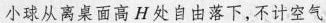
小球从离桌面高H处自由落下，不计空气